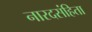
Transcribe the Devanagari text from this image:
नारदसंहिता